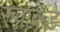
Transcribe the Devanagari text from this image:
रुपाकडे